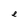
Character: e